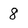
Character: 8